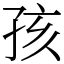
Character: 孩